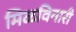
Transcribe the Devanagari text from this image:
मिळविनारी